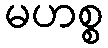
မဟစ္စ